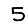
Digit: 5